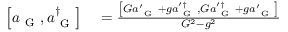
\begin{array} { r l } { \left[ a _ { \mathrm { ~ G ~ } } , a _ { \mathrm { ~ G ~ } } ^ { \dagger } \right] } & { { } = \frac { \left[ G a _ { \mathrm { ~ G ~ } } ^ { \prime } + g a _ { \mathrm { ~ G ~ } } ^ { \prime \dagger } , G a _ { \mathrm { ~ G ~ } } ^ { \prime \dagger } + g a _ { \mathrm { ~ G ~ } } ^ { \prime } \right] } { G ^ { 2 } - g ^ { 2 } } } \end{array}